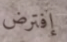
إفترض